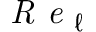
\textit { R e } _ { \ell }